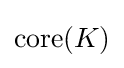
\operatorname {core} (K)